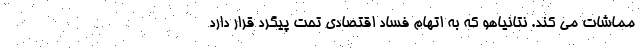
مماشات می کند. نتانیاهو که به اتهام فساد اقتصادی تحت پیگرد قرار دارد